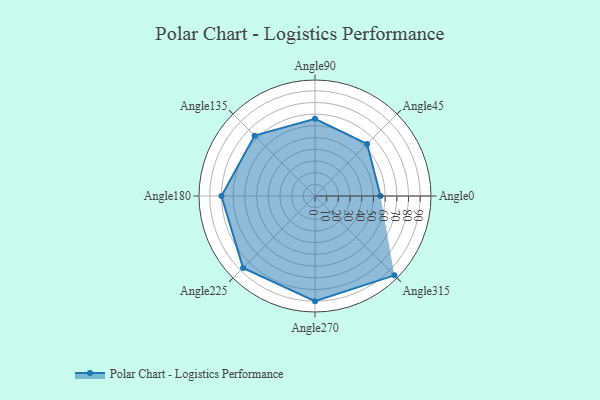
{"axis": {"x": "Angle", "y": "Radius"}, "legend": [""], "data": [{"x": "Angle0", "y": 56.0, "type": ""}, {"x": "Angle45", "y": 63.0, "type": ""}, {"x": "Angle90", "y": 66.0, "type": ""}, {"x": "Angle135", "y": 73.0, "type": ""}, {"x": "Angle180", "y": 80.0, "type": ""}, {"x": "Angle225", "y": 87.0, "type": ""}, {"x": "Angle270", "y": 90.0, "type": ""}, {"x": "Angle315", "y": 96.0, "type": ""}]}